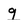
Character: g